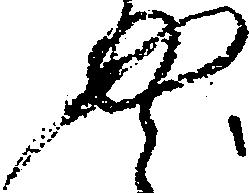
や